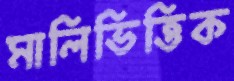
মালিভিত্তিক